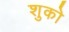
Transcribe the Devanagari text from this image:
शुको